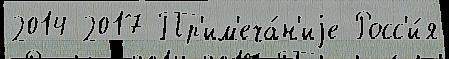
2014 2017 Пр'им'еча́н'иjе Росс'и́я